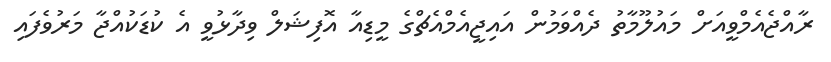
ރާއްޖެއެމްވީއަށް މައުލޫމާތު ދެއްވަމުން އައިޖީއެމްއެޗްގެ މީޑިއާ އޮފިޝަލް ވިދާޅުވީ އެ ކުޑަކުއްޖާ މަރުވެފައި